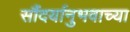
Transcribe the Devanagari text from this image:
सौंदर्यानुभवाच्या